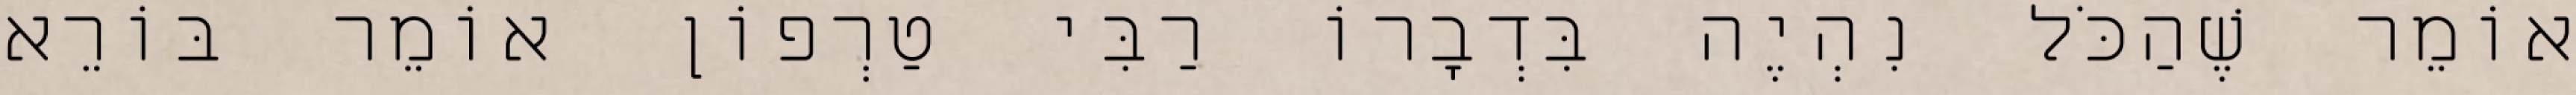
אוֹמֵר שֶׁהַכֹּל נִהְיֶה בִּדְבָרוֹ רַבִּי טַרְפוֹן אוֹמֵר בּוֹרֵא